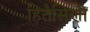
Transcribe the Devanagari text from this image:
हितैसिणी